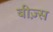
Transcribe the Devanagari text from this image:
बीज़्स